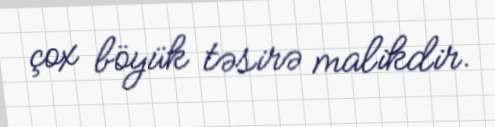
çox böyük təsirə malikdir.